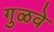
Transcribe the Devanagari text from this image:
गुळवे